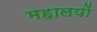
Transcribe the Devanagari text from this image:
महालयों